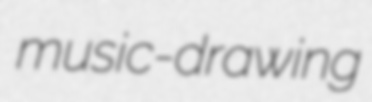
music-drawing